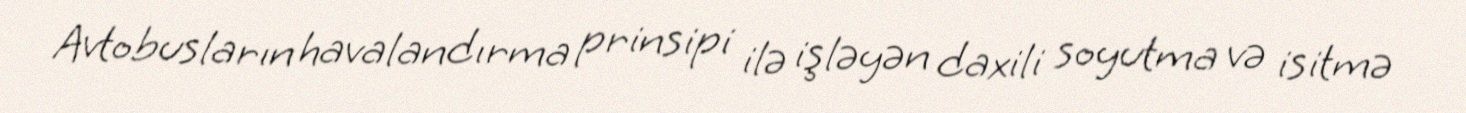
Avtobusların havalandırma prinsipi ilə işləyən daxili soyutma və isitmə